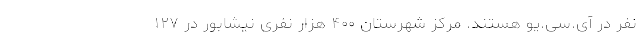
نفر در آی.سی.یو هستند. مرکز شهرستان ۴۰۰ هزار نفری نیشابور در ۱۲۷